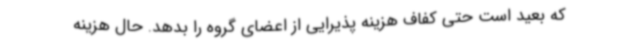
که بعید است حتی کفاف هزینه پذیرایی از اعضای گروه را بدهد. حال هزینه